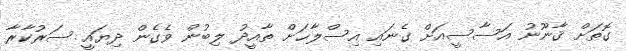
ގޮތަށް ޤާނޫނު އަސާސީއަށް ގެނައި އިސްލާޙަށް ތާއީދު ލިބުން ވެގެން ދިޔައީ ސަރުކާރާ